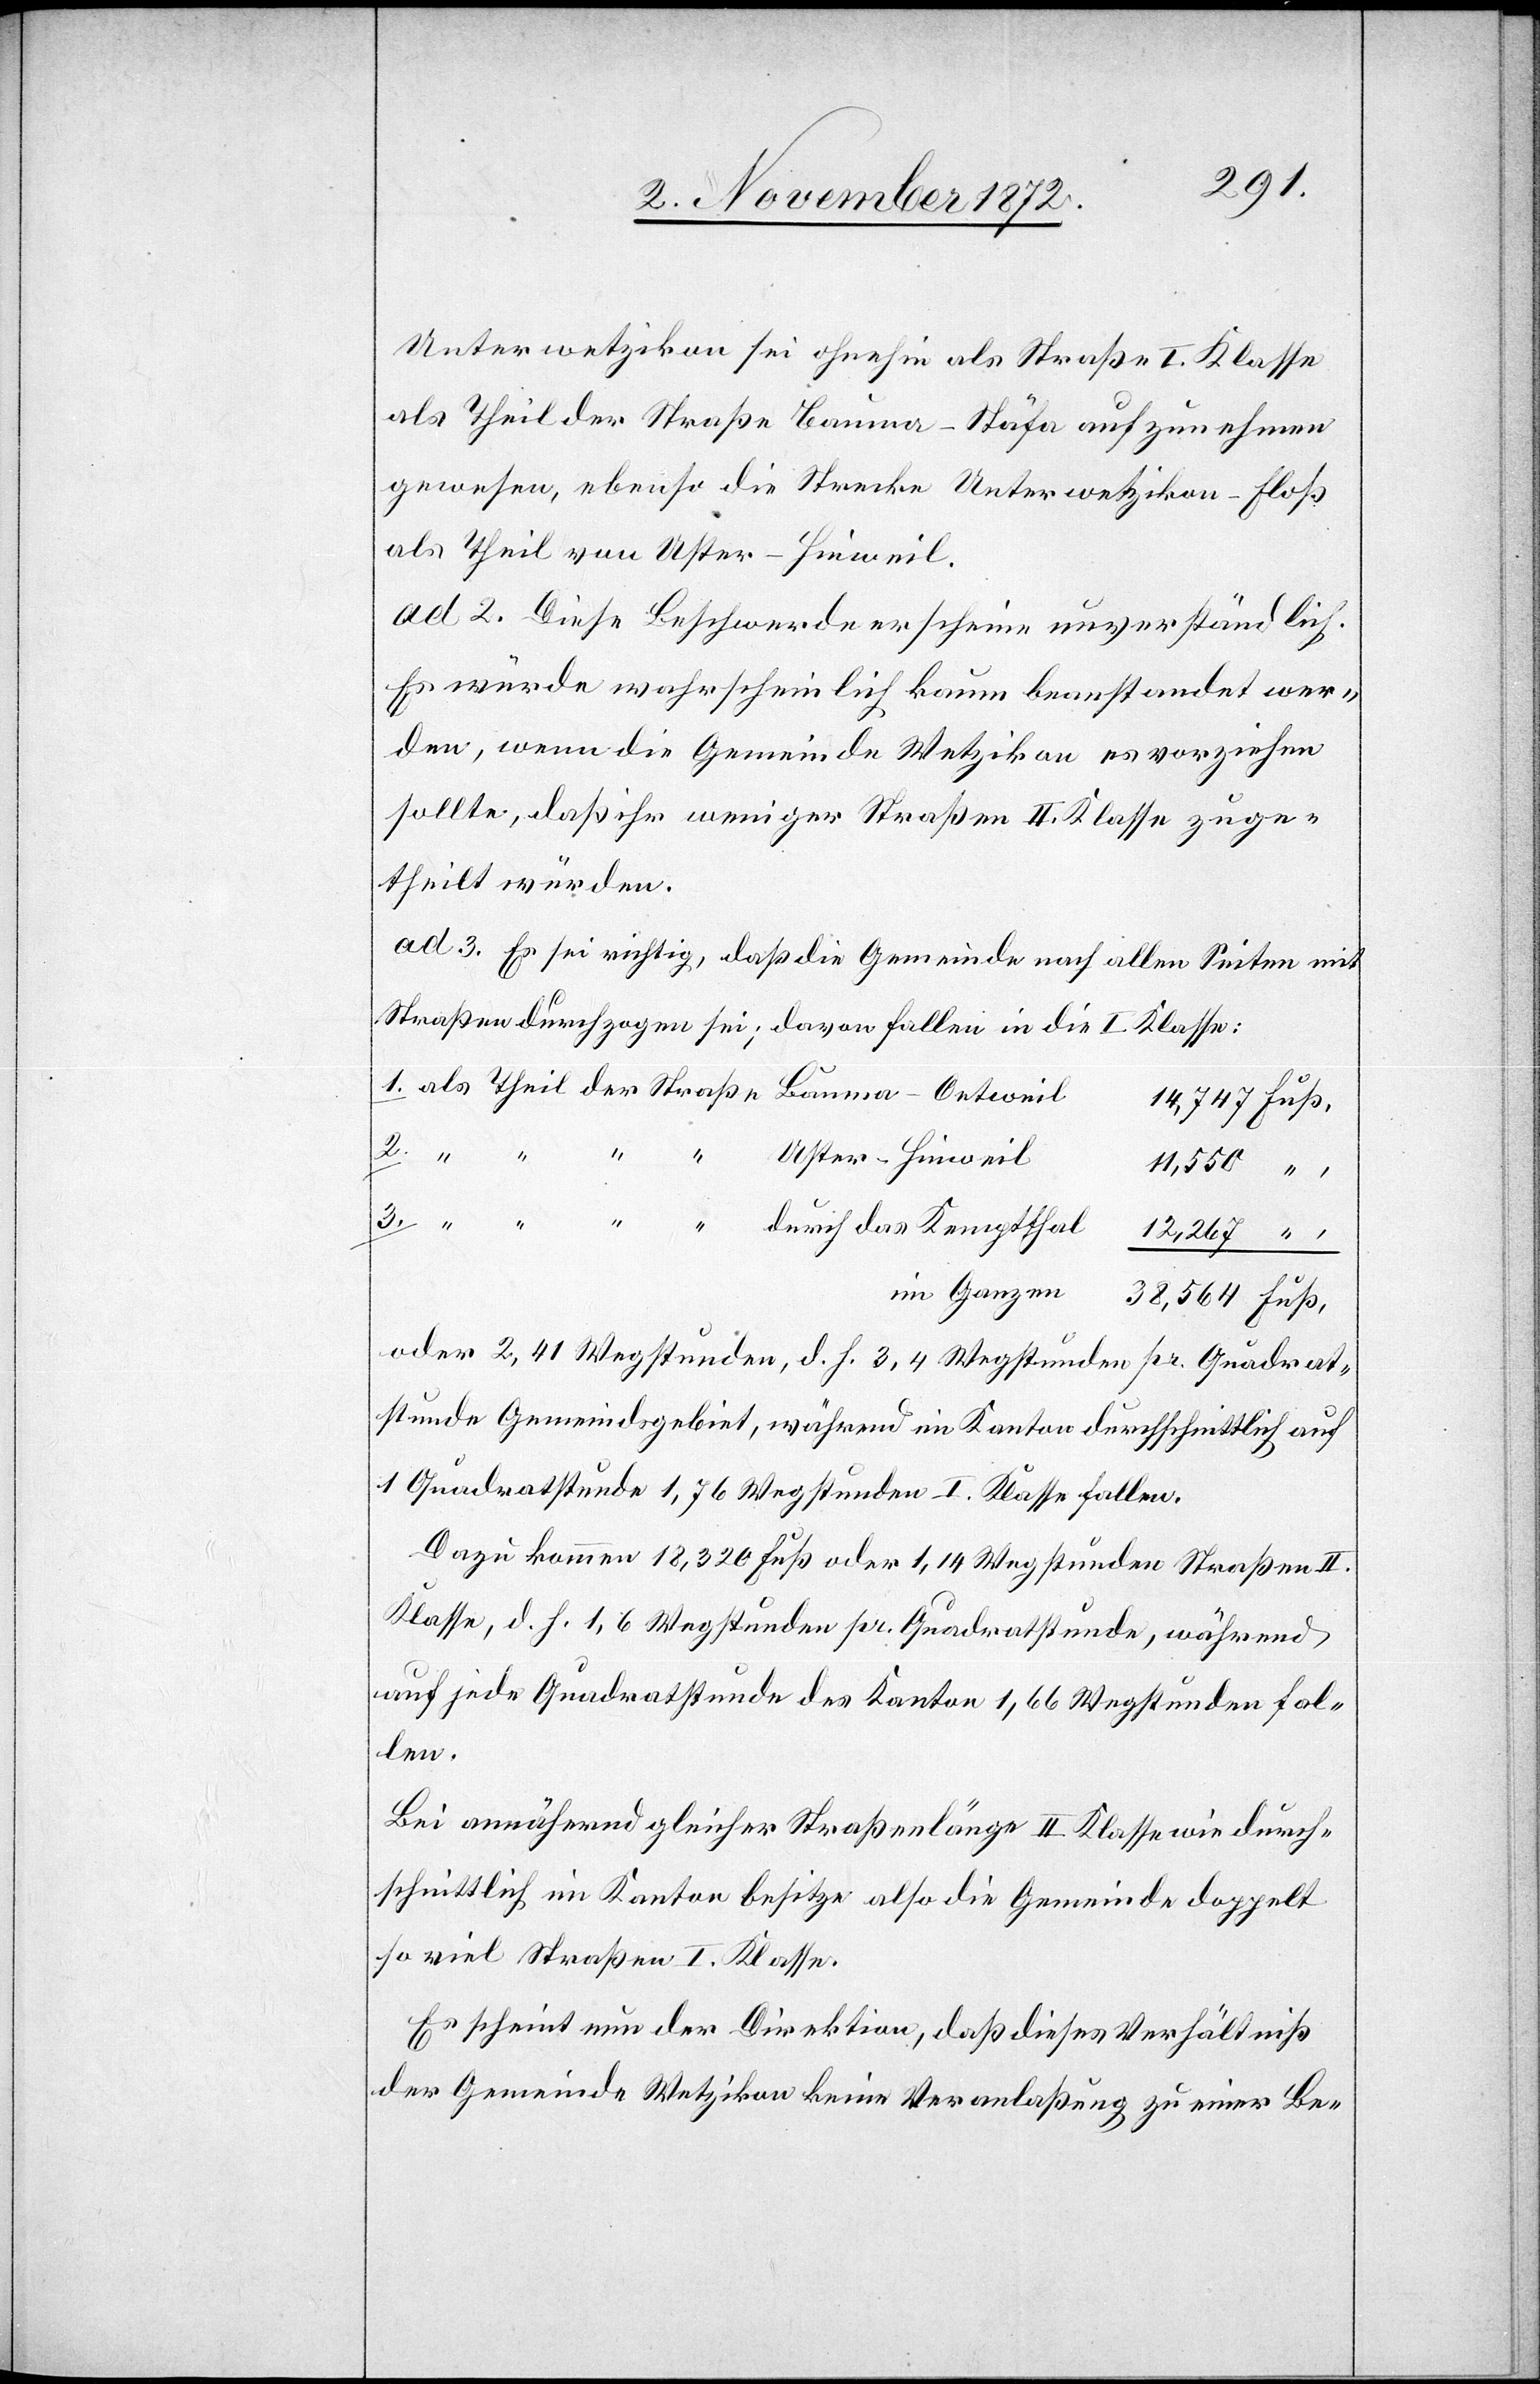
Unterwetzikon sei ohnehin als Straße I. Klasse
als Theil der Straße Bauma–Stäfa aufzunehmen
gewesen, ebenso die Strecke Unterwetzikon–Floß
als Theil von Uster–Hinweil.
ad 2. Diese Beschwerde erscheine unverständlich.
Es würde wahrscheinlich kaum beanstandet wer¬
den, wenn die Gemeinde Wetzikon es vorziehen
sollte, daß ihr weniger Straßen II. Klasse zuge¬
theilt würden.
ad 3. Es sei richtig, daß die Gemeinde nach allen Seiten mit
Straßen durchzogen sei; davon fallen in die I. Klasse:
Uster–Hinweil
11,550
12,267
im Ganzen
oder 2,41 Wegstunden, d. h. 3,4 Wegstunden pr. Quadrat¬
stunde Gemeindsgebiet, während im Kanton durchschnittlich auf
1 Quadratstunde 1,76 Wegstunden I. Klasse fallen.
Dazu kommen 18,320 Fuß oder 1,14 Wegstunden Straßen II.
Klasse, d. h. 1,6 Wegstunden pr. Quadratstunde, während
auf jede Quadratstunde des Kantons 1,66 Wegstunden fal¬
len.
Bei annähernd gleicher Straßenlänge II. Klasse wie durch¬
schnittlich im Kanton besitze also die Gemeinde doppelt
so viel Straßen I. Klasse.
Es scheint nun der Direktion, daß dieses Verhältniß
der Gemeinde Wetzikon keine Veranlaßung zu einer Be-